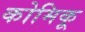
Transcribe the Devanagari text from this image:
कोमिकू